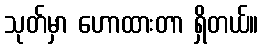
သုတ်မှာ ဟောထားတာ ရှိတယ်။